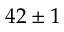
4 2 \pm 1